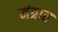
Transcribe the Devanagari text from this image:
मंत्रात